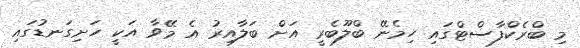
މި ބްރެކްފާސްޓްގައި ހިމެނޭ ބްލޫބެރީ އަށް ބަލާއިރު އެ މޭވާ އަކީ ހަށިގަނޑުގައި